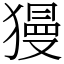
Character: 獌